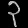
Digit: ၃